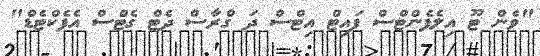
"ވެން ޓޫ އިލެފެންޓްސް ފައިޓް އިޓްސް ދަ ގްރާސް ދެޓް ގެޓްސް އެފެކްޓެޑް"